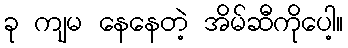
ခု ကျမ နေနေတဲ့ အိမ်ဆီကိုပေါ့။